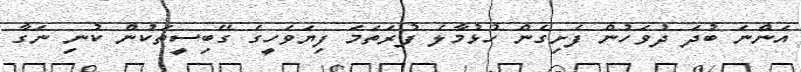
އަންނަ ބުދަ ދުވަހުން ފެށިގެން ހުޅުމާލެ ފުރަތަމަ ފިޔަވަހީގެ ގޭބިސީތަކުން ކުނި ނަގާ